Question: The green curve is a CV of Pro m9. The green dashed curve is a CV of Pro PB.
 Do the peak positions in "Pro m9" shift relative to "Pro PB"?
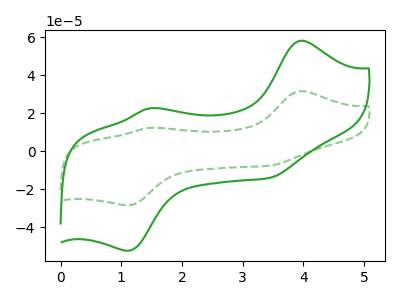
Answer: <think>The green curve "Pro m9" has anodic peaks at (3.95V, 58.05uA) (1.45V, 22.45uA) and cathodic peaks at (1.10V, -52.40uA) (3.45V, -14.05uA). The green dashed curve "Pro PB" has anodic peaks at (3.95V, 31.55uA) (1.45V, 12.20uA) and cathodic peaks at (1.10V, -28.45uA) (3.45V, -7.60uA).
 All the peaks in "Pro m9" have a peak in "Pro PB" at the same potential. Every peak in "Pro m9" is higher than every peak in "Pro PB".</think>
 <answer>No, "Pro m9" and "Pro PB" don't appear to be significantly different in shape</answer>
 <eval>no_change</eval>